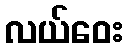
လယ်ဝေး